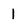
Character: 1